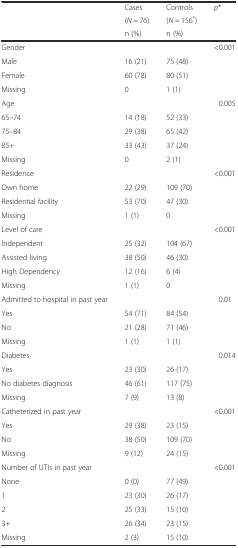
<table><thead><tr><td rowspan="3"></td><td><b>Cases</b></td><td><b>Controls</b></td><td rowspan="3"><b><i>p</i>*</b></td></tr><tr><td><b>(<i>N</i> = 76)</b></td><td><b>(<i>N</i> = 156<sup>*</sup>)</b></td></tr><tr><td><b>n (%)</b></td><td><b>n (%)</b></td></tr></thead><tbody><tr><td>Gender</td><td></td><td></td><td>&lt;0.001</td></tr><tr><td>Male</td><td>16 (21)</td><td>75 (48)</td><td></td></tr><tr><td>Female</td><td>60 (78)</td><td>80 (51)</td><td></td></tr><tr><td>Missing</td><td>0</td><td>1 (1)</td><td></td></tr><tr><td>Age</td><td></td><td></td><td>0.005</td></tr><tr><td>65–74</td><td>14 (18)</td><td>52 (33)</td><td></td></tr><tr><td>75–84</td><td>29 (38)</td><td>65 (42)</td><td></td></tr><tr><td>85+</td><td>33 (43)</td><td>37 (24)</td><td></td></tr><tr><td>Missing</td><td>0</td><td>2 (1)</td><td></td></tr><tr><td>Residence</td><td></td><td></td><td>&lt;0.001</td></tr><tr><td>Own home</td><td>22 (29)</td><td>109 (70)</td><td></td></tr><tr><td>Residential facility</td><td>53 (70)</td><td>47 (30)</td><td></td></tr><tr><td>Missing</td><td>1 (1)</td><td>0</td><td></td></tr><tr><td>Level of care</td><td></td><td></td><td>&lt;0.001</td></tr><tr><td>Independent</td><td>25 (32)</td><td>104 (67)</td><td></td></tr><tr><td>Assisted living</td><td>38 (50)</td><td>46 (30)</td><td></td></tr><tr><td>High Dependency</td><td>12 (16)</td><td>6 (4)</td><td></td></tr><tr><td>Missing</td><td>1 (1)</td><td>0</td><td></td></tr><tr><td>Admitted to hospital in past year</td><td></td><td></td><td>0.01</td></tr><tr><td>Yes</td><td>54 (71)</td><td>84 (54)</td><td></td></tr><tr><td>No</td><td>21 (28)</td><td>71 (46)</td><td></td></tr><tr><td>Missing</td><td>1 (1)</td><td>1 (1)</td><td></td></tr><tr><td>Diabetes</td><td></td><td></td><td>0.014</td></tr><tr><td>Yes</td><td>23 (30)</td><td>26 (17)</td><td></td></tr><tr><td>No diabetes diagnosis</td><td>46 (61)</td><td>117 (75)</td><td></td></tr><tr><td>Missing</td><td>7 (9)</td><td>13 (8)</td><td></td></tr><tr><td>Catheterized in past year</td><td></td><td></td><td>&lt;0.001</td></tr><tr><td>Yes</td><td>29 (38)</td><td>23 (15)</td><td></td></tr><tr><td>No</td><td>38 (50)</td><td>109 (70)</td><td></td></tr><tr><td>Missing</td><td>9 (12)</td><td>24 (15)</td><td></td></tr><tr><td>Number of UTIs in past year</td><td></td><td></td><td>&lt;0.001</td></tr><tr><td>None</td><td>0 (0)</td><td>77 (49)</td><td></td></tr><tr><td>1</td><td>23 (30)</td><td>26 (17)</td><td></td></tr><tr><td>2</td><td>25 (33)</td><td>15 (10)</td><td></td></tr><tr><td>3+</td><td>26 (34)</td><td>23 (15)</td><td></td></tr><tr><td>Missing</td><td>2 (3)</td><td>15 (10)</td><td></td></tr></tbody></table>